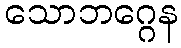
သောဘဂ္ဂေန